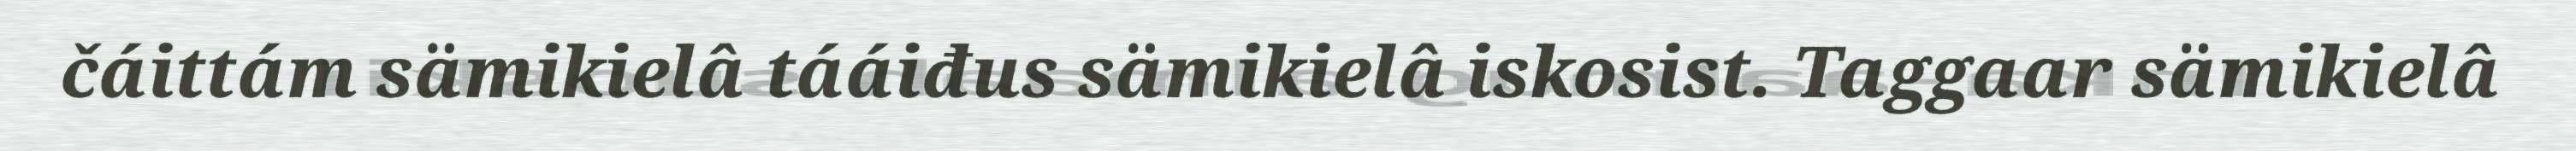
čáittám sämikielâ tááiđus sämikielâ iskosist. Taggaar sämikielâ